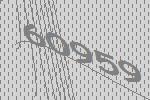
60959